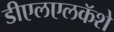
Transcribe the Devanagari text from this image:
डीएलएलकॅशे